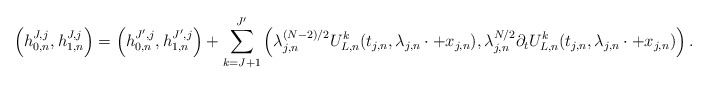
\begin{align*}\left ( h^{J,j}_{0,n}, h^{J,j}_{1,n} \right ) = \left ( h^{J',j}_{0,n}, h^{J',j}_{1,n} \right ) + \sum_{k = J+1}^{J'} \left ( \lambda_{j,n}^{(N-2)/2} U^k_{L,n} (t_{j,n} , \lambda_{j,n} \cdot + x_{j,n}), \lambda_{j,n}^{N/2} \partial_t U^k_{L,n} (t_{j,n}, \lambda_{j,n} \cdot + x_{j,n} ) \right ) .\end{align*}